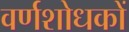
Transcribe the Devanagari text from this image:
वर्णशोधकों